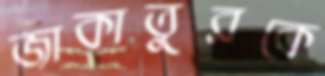
জাকাতুরকে